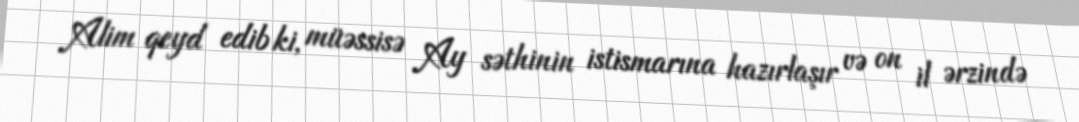
Alim qeyd edib ki, müəssisə Ay səthinin istismarına hazırlaşır və on il ərzində